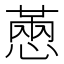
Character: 𢟮